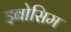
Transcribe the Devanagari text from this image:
इबोसिम